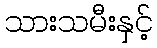
သားသမီးနှင့်